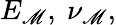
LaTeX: E_{\mathscr{M}},~\nu_{\mathscr{M}},